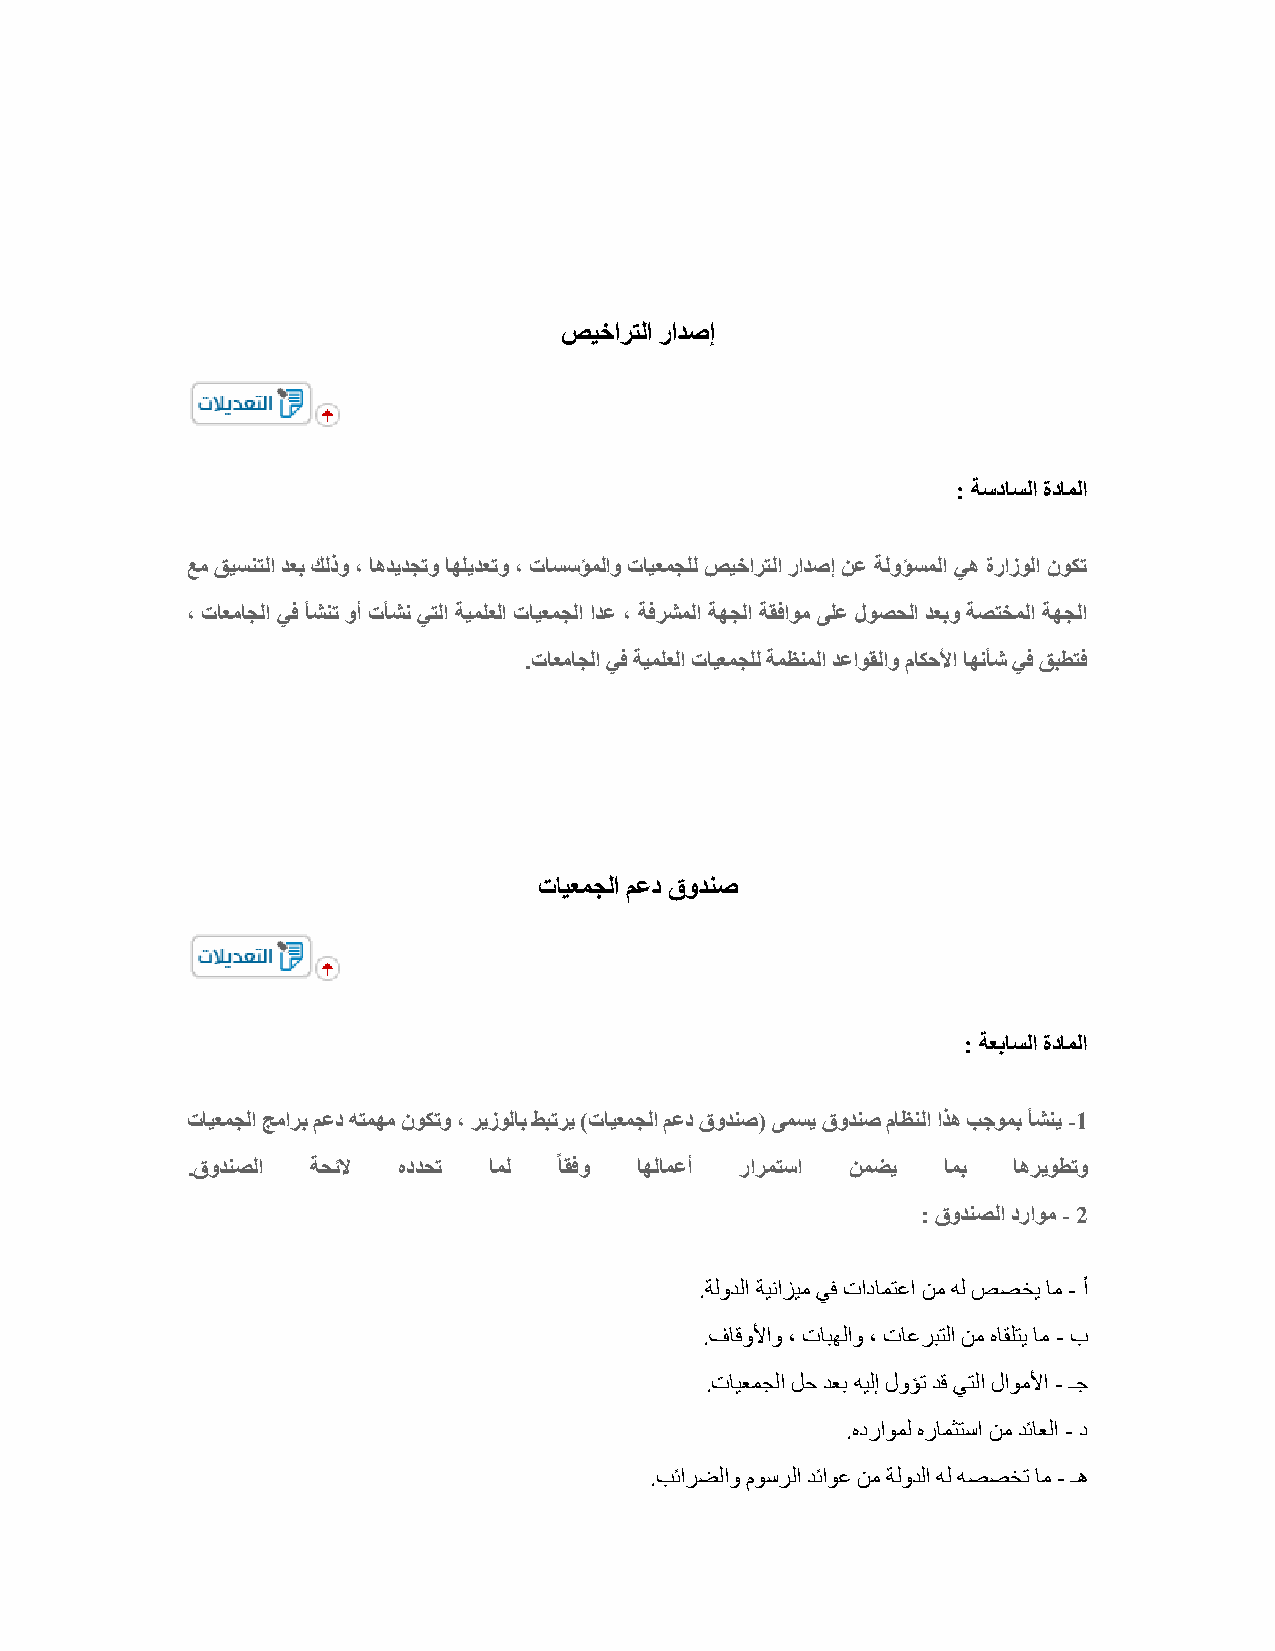
صيخارتلا رادصإ
 : ةسداسلا ةداملا
 عم قيسنتلا دعب كلذو ، اهديدجتو اهليدعتو ، تاسسؤملاو تايعمجلل صيخارتلا رادصإ نع ةلوؤسملا يه ةرازولا نوكت
 ، تاعماجلا يف أشنت وأ تأشن يتلا ةيملعلا تايعمجلا ادع ، ةفرشملا ةهجلا ةقفاوم ىلع لوصحلا دعبو ةصتخملا ةهجلا
 .تاعماجلا يف ةيملعلا تايعمجلل ةمظنملا دعاوقلاو ماكحلأا اهنأش يف قبطتف
 تايعمجلا معد قودنص
 : ةعباسلا ةداملا
 تايعمجلا جمارب معد هتمهم نوكتو ، ريزولاب طبتري )تايعمجلا معد قودنص( ىمسي قودنص ماظنلا اذه بجومب أشني -1
 .قودنصلا ةحئلا هددحت امل ًاقفو اهلامعأ رارمتسا نمضي امب اهريوطتو
 : قودنصلا دراوم - 2
 .ةلودلا ةينازيم يف تادامتعا نم هل صصخي ام - أ
 .فاقولأاو ، تابهلاو ، تاعربتلا نم هاقلتي ام - ب
 .تايعمجلا لح دعب هيلإ لوؤت دق يتلا لاوملأا - ـج
 .هدراومل هرامثتسا نم دئاعلا - د
 .بئارضلاو موسرلا دئاوع نم ةلودلا هل هصصخت ام - ـه